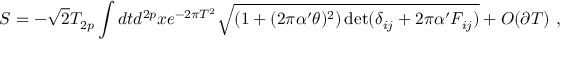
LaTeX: S = - \sqrt { 2 } T _ { 2 p } \int d t d ^ { 2 p } x e ^ { - 2 \pi T ^ { 2 } } \sqrt { ( 1 + ( 2 \pi \alpha ^ { \prime } \theta ) ^ { 2 } ) \operatorname * { d e t } ( \delta _ { i j } + 2 \pi \alpha ^ { \prime } F _ { i j } ) } + O ( \partial T ) \ ,